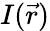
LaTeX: I(\vec{r})